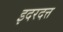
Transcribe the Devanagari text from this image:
इदरदत्त